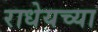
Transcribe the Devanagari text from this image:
राधेयच्या